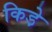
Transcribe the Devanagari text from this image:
किडे़